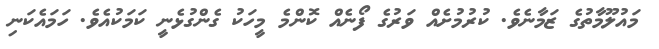
މައުލޫމާތުގެ ޒަމާނެވެ. ކުރުމުށެއް ވަރުގެ ފޯނެއް ކޮންމެ މީހަކު ގެންގުޅެނީ ކަމަކުއެވެ. ހަމައެކަނި